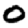
Digit: 0